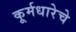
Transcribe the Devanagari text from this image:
कूर्मधारेचे